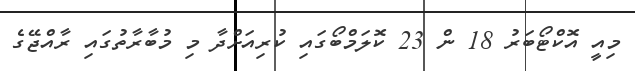
މިއީ އޮކްޓޯބަރު 18 ން 23 ކޮލަމްބޯގައި ކުރިއަށްދާ މި މުބާރާތުގައި ރާއްޖޭގެ